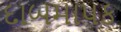
દાબમાપક